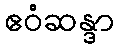
ဧဝံဆန္ဒာ